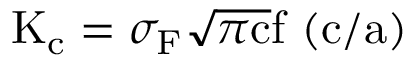
\mathrm { K _ { c } } = \sigma _ { \mathrm { F } } { \sqrt { \pi \mathrm { c } } } \mathrm { f \ ( c / a ) }